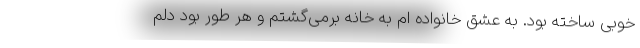
خوبی ساخته بود. به عشق خانواده ام به خانه برمی‌گشتم و هر طور بود دلم